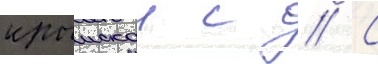
крымскои с // С